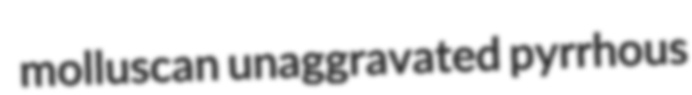
molluscan unaggravated pyrrhous